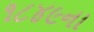
૧૮૪૯ના